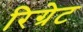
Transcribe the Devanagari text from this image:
रिग्रेट